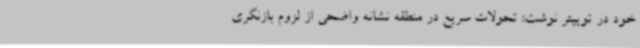
خود در توییتر نوشت: تحولات سریع در منطقه نشانه واضحی از لزوم بازنگری